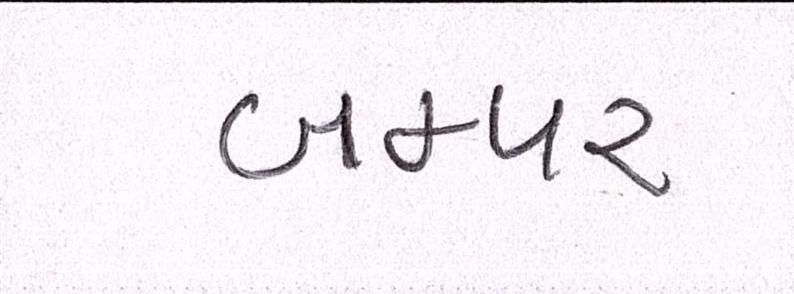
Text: બમ્પર